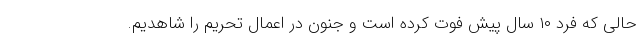
حالی که فرد ۱۰ سال پیش فوت کرده است و جنون در اعمال تحریم را شاهدیم.